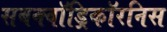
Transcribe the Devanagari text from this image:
सबक्वॉड्रिकॉरनिस